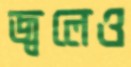
জ্বলেও